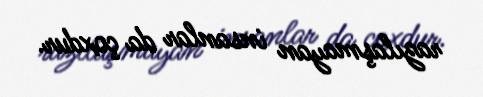
razılaşmayan insanlar da çoxdur.